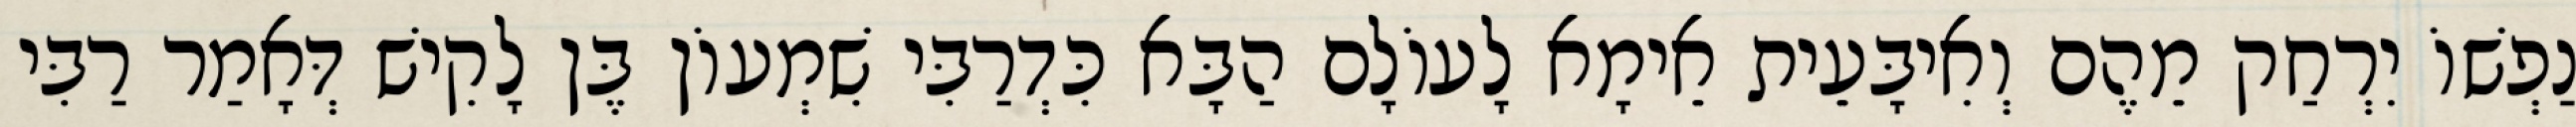
נַפְשׁוֹ יִרְחַק מֵהֶם וְאִיבָּעֵית אֵימָא לָעוֹלָם הַבָּא כִּדְרַבִּי שִׁמְעוֹן בֶּן לָקִישׁ דְּאָמַר רַבִּי